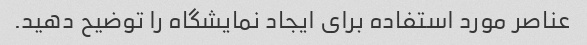
عناصر مورد استفاده برای ایجاد نمایشگاه را توضیح دهید.